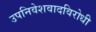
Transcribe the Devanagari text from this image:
उपनिवेशवादविरोधी